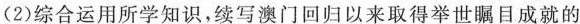
(2)综合运用所学知识，续写澳门回归以来取得举世瞩目成就的